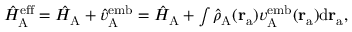
\begin{array} { r } { \hat { H } _ { \mathrm { A } } ^ { \mathrm { e f f } } = \hat { H } _ { \mathrm { A } } + \hat { v } _ { \mathrm { A } } ^ { \mathrm { e m b } } = \hat { H } _ { \mathrm { A } } + \int \hat { \rho } _ { \mathrm { A } } ( \mathbf { r } _ { \mathrm { a } } ) { v } _ { \mathrm { A } } ^ { \mathrm { e m b } } ( \mathbf { r } _ { \mathrm { a } } ) \mathrm { d } \mathbf { r } _ { \mathrm { a } } , } \end{array}